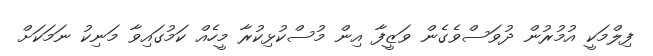
ފިލްމަކީ އުމުރުން ދުވަސްވެގެން ވަޒީފާ އިން މުސްކުޅިކުރާ މީހެއް ކަމުގައިވާ މަނިކު ނަމަކަށް